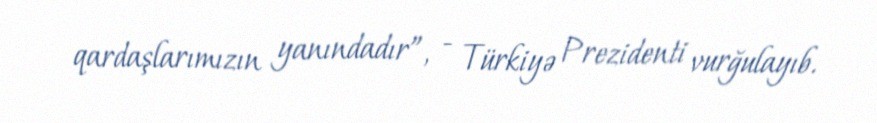
qardaşlarımızın yanındadır”, - Türkiyə Prezidenti vurğulayıb.